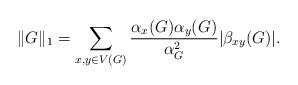
LaTeX: \begin{align*}\|G\|_1=\sum_{x,y\in V(G)}\frac{\alpha_x(G)\alpha_y(G)}{\alpha_G^2}|\beta_{xy}(G)|.\end{align*}